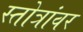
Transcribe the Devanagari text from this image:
स्तोत्रांवर